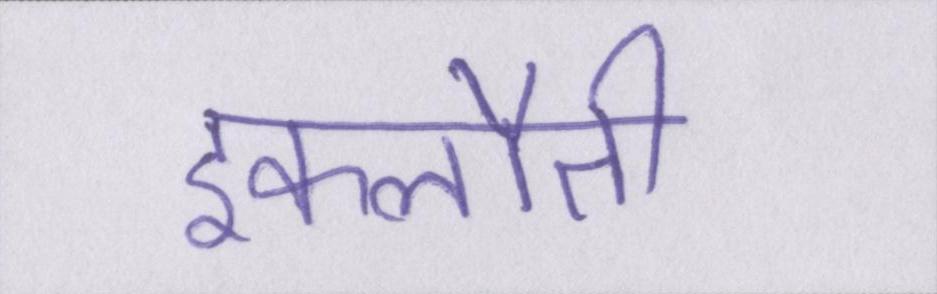
इकलौती